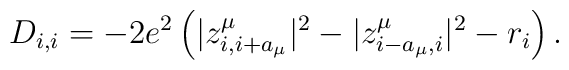
D_{i,i}=-2e^{2}\left( |z^{\mu}_{i,i+a_{\mu}}|^{2}-|z^{\mu}_{i-a_{\mu},i}|^{2}-r_{i}\right).